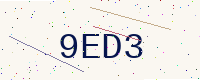
Text: 9ED3